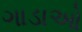
ગાડાઓ